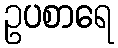
ဥပစာရေ